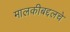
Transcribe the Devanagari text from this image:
मालकीबद्दलचे